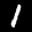
Label: 1